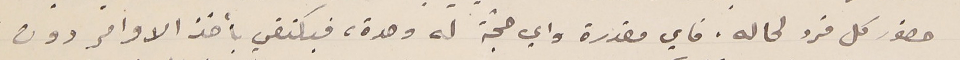
حضور كل فرد لحاله. فاي مقدرة واي حجّة له وحدة، فيكتفي بأخذ الاوامر دون